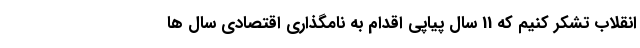
انقلاب تشکر کنیم که 11 سال پیاپی اقدام به نامگذاری اقتصادی سال ها